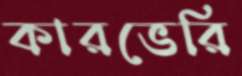
কারভেরি